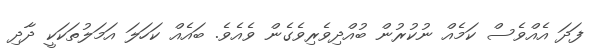
ފަދަ އެއްވެސް ކަމެއް ނުކުރުން ބުއްދިވެރިވެގެން ވެއެވެ. ބައެއް ކަހަލަ އަމަލުތަކަކީ ދާދި